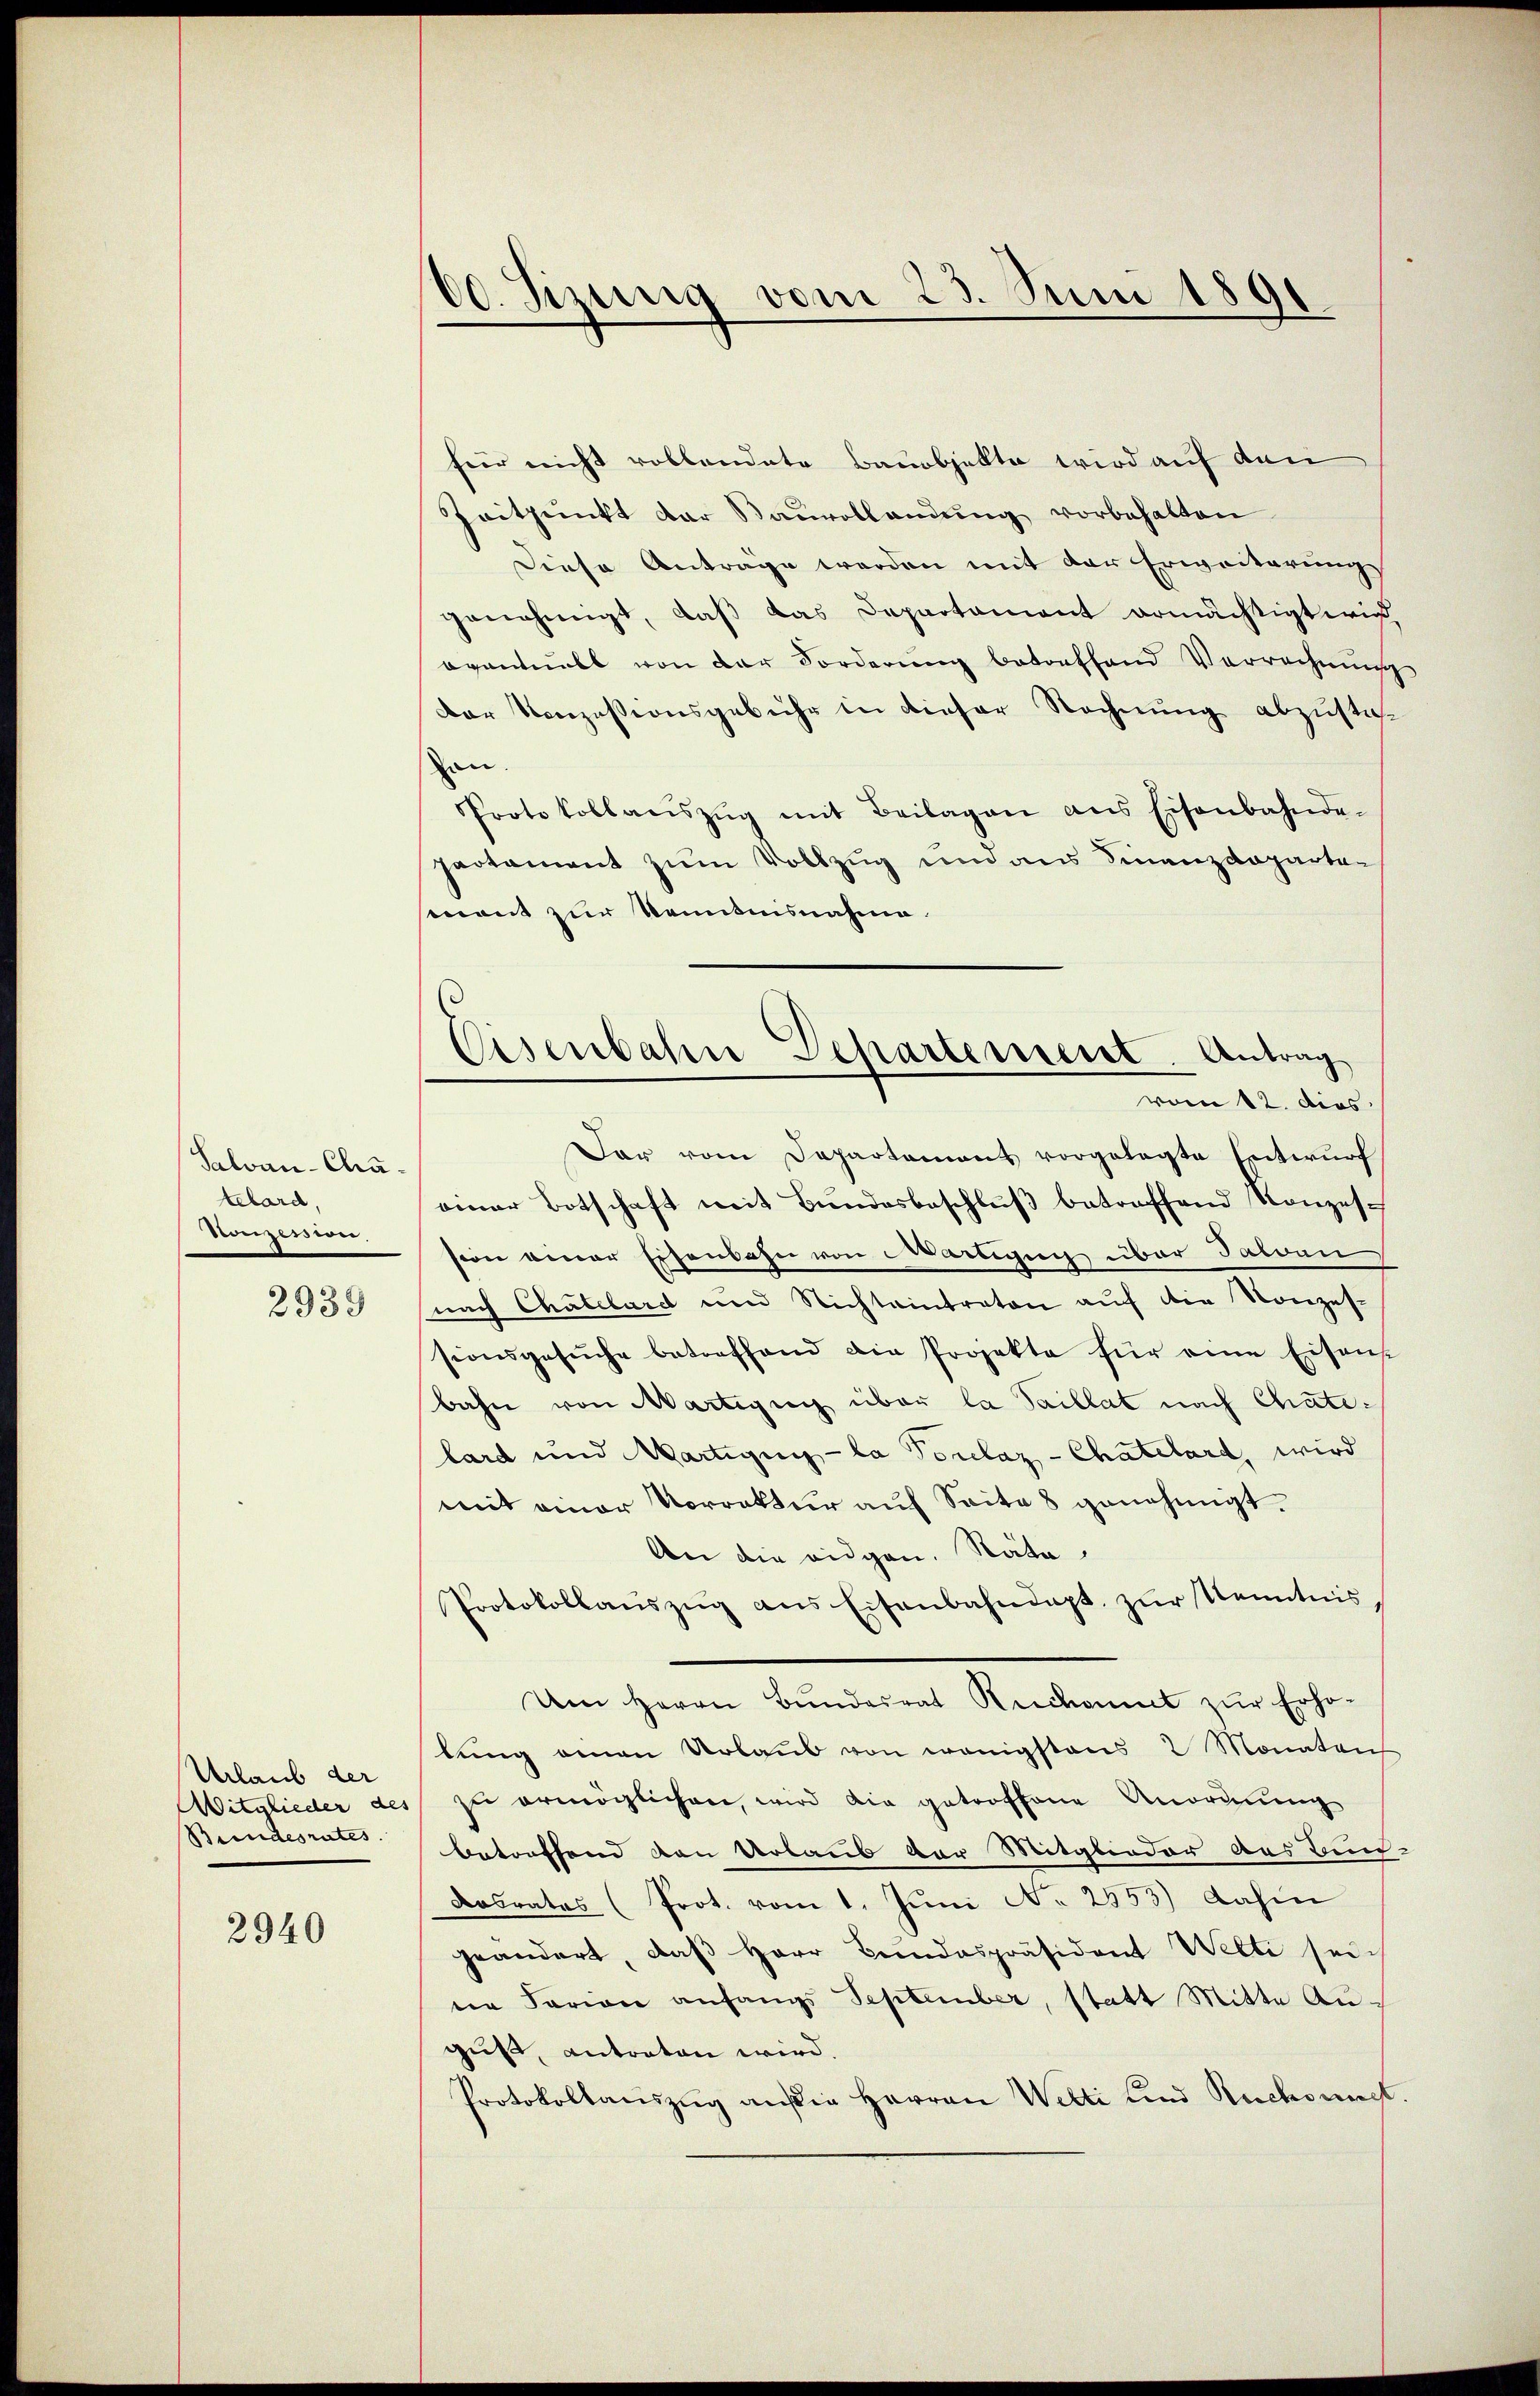
Salvan-Chatelard,
Conzessin
2939

2940

Urlaub der
Witglieder des
Bundesrates.

00. Jizung vom 23. Juni 1891

Eisenbahn Departement. Antrag
vom 12. dies

für nicht rollendete Bauobjekte wird auf den
Zeitpunkt der Bauvollandŭng vorbehalten
Diese Antrage werden mit der Erweiterungs
genehmigt, daß das Departament ermächtigt wird
oventuell von der Forderung betreffend Vorrechnungs
Der Konzessionsgebühr in dieser Rechnung abzusteh
den.
Protokollanszŭg mit Beilagen ans Eisenbahnde-
partament zum Vollzug und aus Finanzdepartemont zur Kenntnisnahme.
Dar vom Departament vorgelegte Entwurf
einer Botschaft mit Bŭndesbeschlŭβ betroffend Konzession einer Eisenbahn von Wartigen über Talen
nach Chatelard und Nichteintraton auf die Konzessionsgesŭche betreffend die Projekte für eine Eisens
bahn von Martigung über la Saillat nach Chatelard und Martigung - la Porclaz -Chatelard, wird
mit einer Vorrektur auf Seite 8 genehmigt.
An die eidgen. Räte
Protokollaŭszŭg ans Eisenbahndapt, zŭr Kenntnis¬
Um Herrn Bundesrat Reckaunt zur Erho-
lung amen Urlaub von wenigstens 2 Monaten
zu ermöglichen, wird die getroffene Anordnung
betreffend den Urlaub vor Mitglieder aus Bun
Dasrates (Prot. vom 1. Jŭni No 2553) dahin
geändert, daβ Herr Bundespräsident Welti seine Fariane anfangs September, statt Mitte Auguß, antraten wird.
Protokollauszug außer Herren Welti und Ruchouch